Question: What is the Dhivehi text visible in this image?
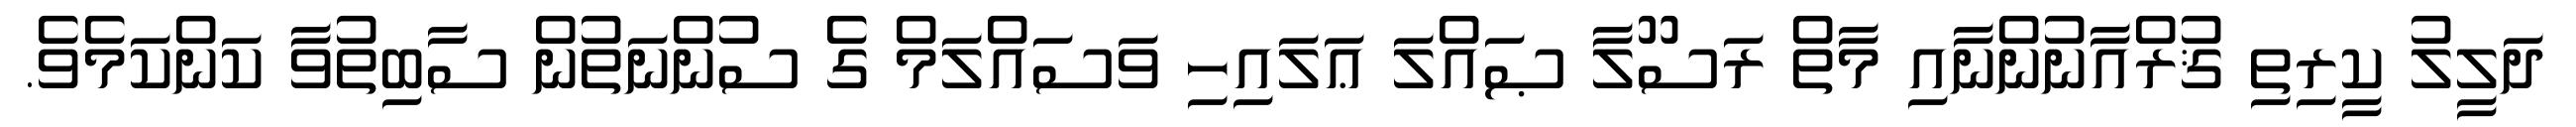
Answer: ދަލީލު ކީރިތި ޤުރްއާނުންނާއި މާތް ރަސޫލާ ޞައްލަ ޢަލައިހި ވަސައްލަމް ގެ ސުންނަތުން ސާބިތުވާ ކަންކަމެވެ.